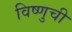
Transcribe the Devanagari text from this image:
विष्णुची